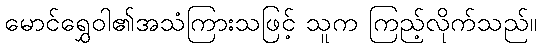
မောင်ရွှေဝါ၏အသံကြားသဖြင့် သူက ကြည့်လိုက်သည်။